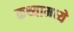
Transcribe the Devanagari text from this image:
कथ्यामध्ये